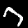
Digit: 7